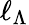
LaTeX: \ell_{\Lambda}